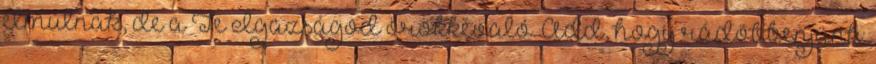
elmúlnak, de a Te Igazságod örökkévaló. Add, hogy rádöbbenjünk: